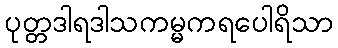
ပုတ္တဒါရဒါသကမ္မကရပေါရိသာ